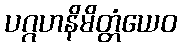
ပဂ္ဂဟနိမိတ္တံယေဝ